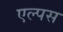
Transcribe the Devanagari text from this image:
एल्पस